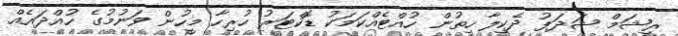
ރީޝަމް ޝަދަފު ދެކިލާ ހިތުން ހުއްޓެއްކަމަކު ޑޮކްޓަރު ހުރިހާ މީހުން ވަނުމުގެ ހުއްދައެއް